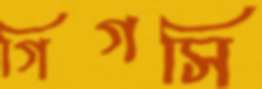
গিগসি